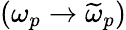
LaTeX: (\omega_{p}\rightarrow\widetilde{\omega}_{p})